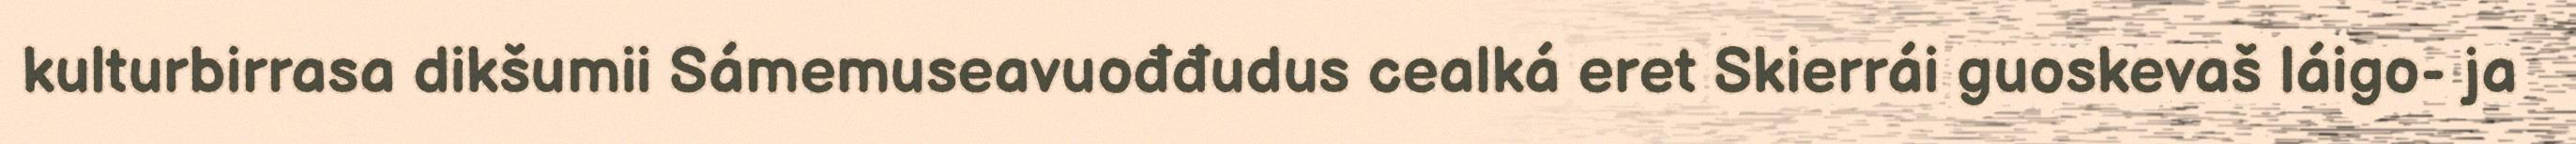
kulturbirrasa dikšumii Sámemuseavuođđudus cealká eret Skierrái guoskevaš láigo- ja